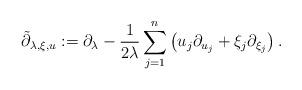
LaTeX: \begin{align*}\tilde \partial_{\lambda,\xi,u}:=\partial_{\lambda} - \frac 1{2\lambda} \sum_{j=1}^{n} \left(u_j \partial_{u_j} + \xi_j\partial_{\xi_j}\right).\end{align*}